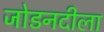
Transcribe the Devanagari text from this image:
जोडनदीला